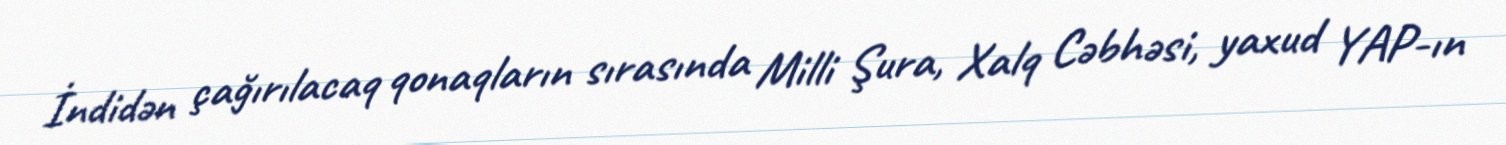
İndidən çağırılacaq qonaqların sırasında Milli Şura, Xalq Cəbhəsi, yaxud YAP-ın